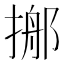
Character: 𢰓